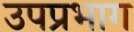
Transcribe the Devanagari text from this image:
उपप्रभाग